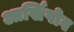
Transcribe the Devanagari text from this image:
आर्खिपोव